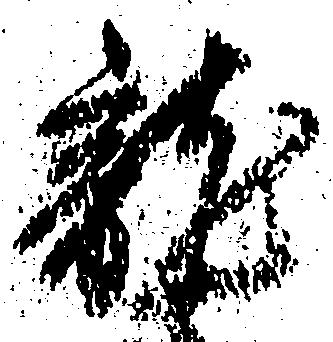
龍